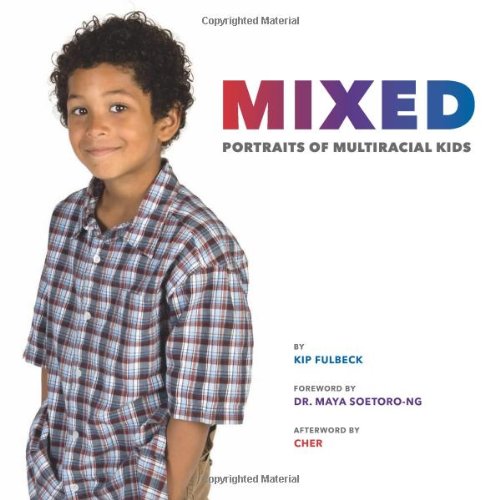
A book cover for Mixed: Portraits of Multiracial Kids; Kip Fulbeck; Arts & Photography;